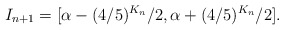
\begin{align*}I_{n+1} = [\alpha - (4/5)^{K_n}/2, \alpha + (4/5)^{K_n}/2].\end{align*}